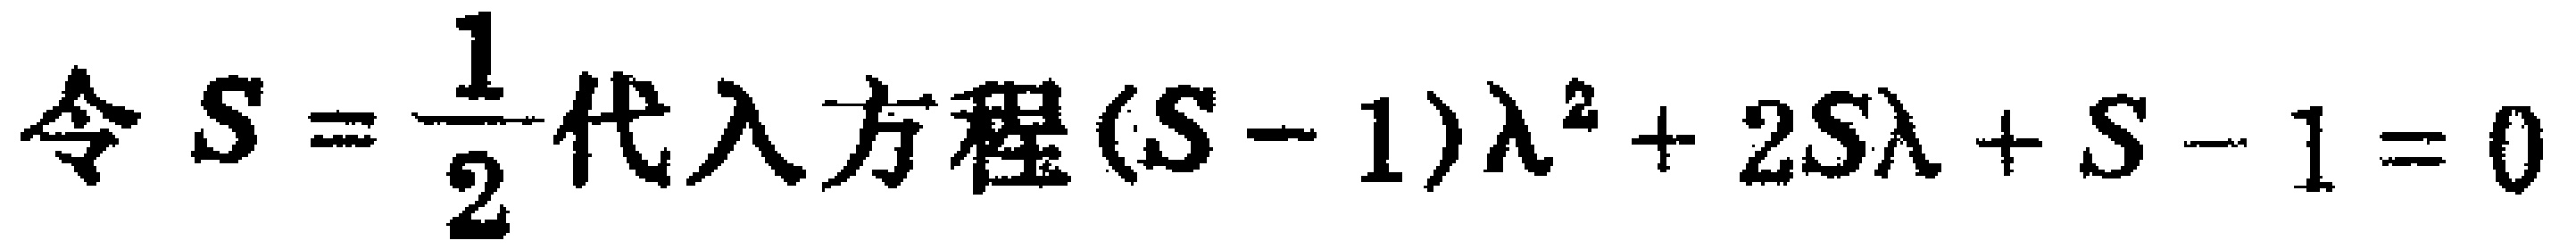
令\(S = \frac{1}{2}\)代入方程\((S - 1)\lambda^{2}+ 2S\lambda+ S - 1 = 0\)